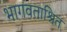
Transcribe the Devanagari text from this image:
भागवताश्रित